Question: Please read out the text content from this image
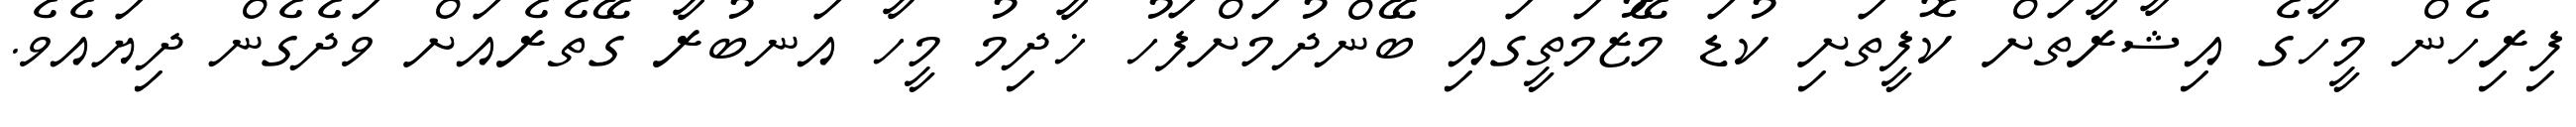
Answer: ފިރިހެން މީހާގެ އިޝާރާތަށް ކޮފީތަށި ކުޑަ މޭޒުމަތީގައި ބޭންދުމަށްފަހު ޚާދިމު މީހާ އަނބުރާ ގޭތެރެއަށް ވަދެގެން ދިޔައެވެ.